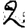
Digit: 2